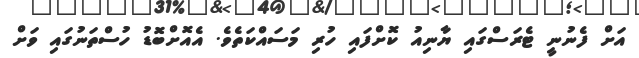
އަށް ފެނުނީ ޓެރަސްގައި ޔާނިއު ކޮށްފައި ހުރި މަސައްކަތެވެ. އެއޮށްބޮޑު ހުސްތަނުގައި ވަށް